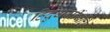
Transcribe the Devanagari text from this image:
हिंदुधर्मीयांचे